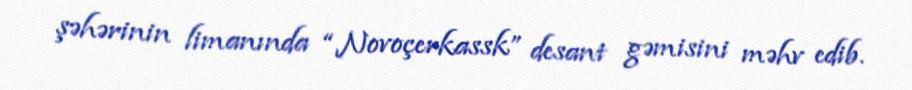
şəhərinin limanında “Novoçerkassk” desant gəmisini məhv edib.